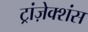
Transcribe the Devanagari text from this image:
ट्रांज़ेक्शंस